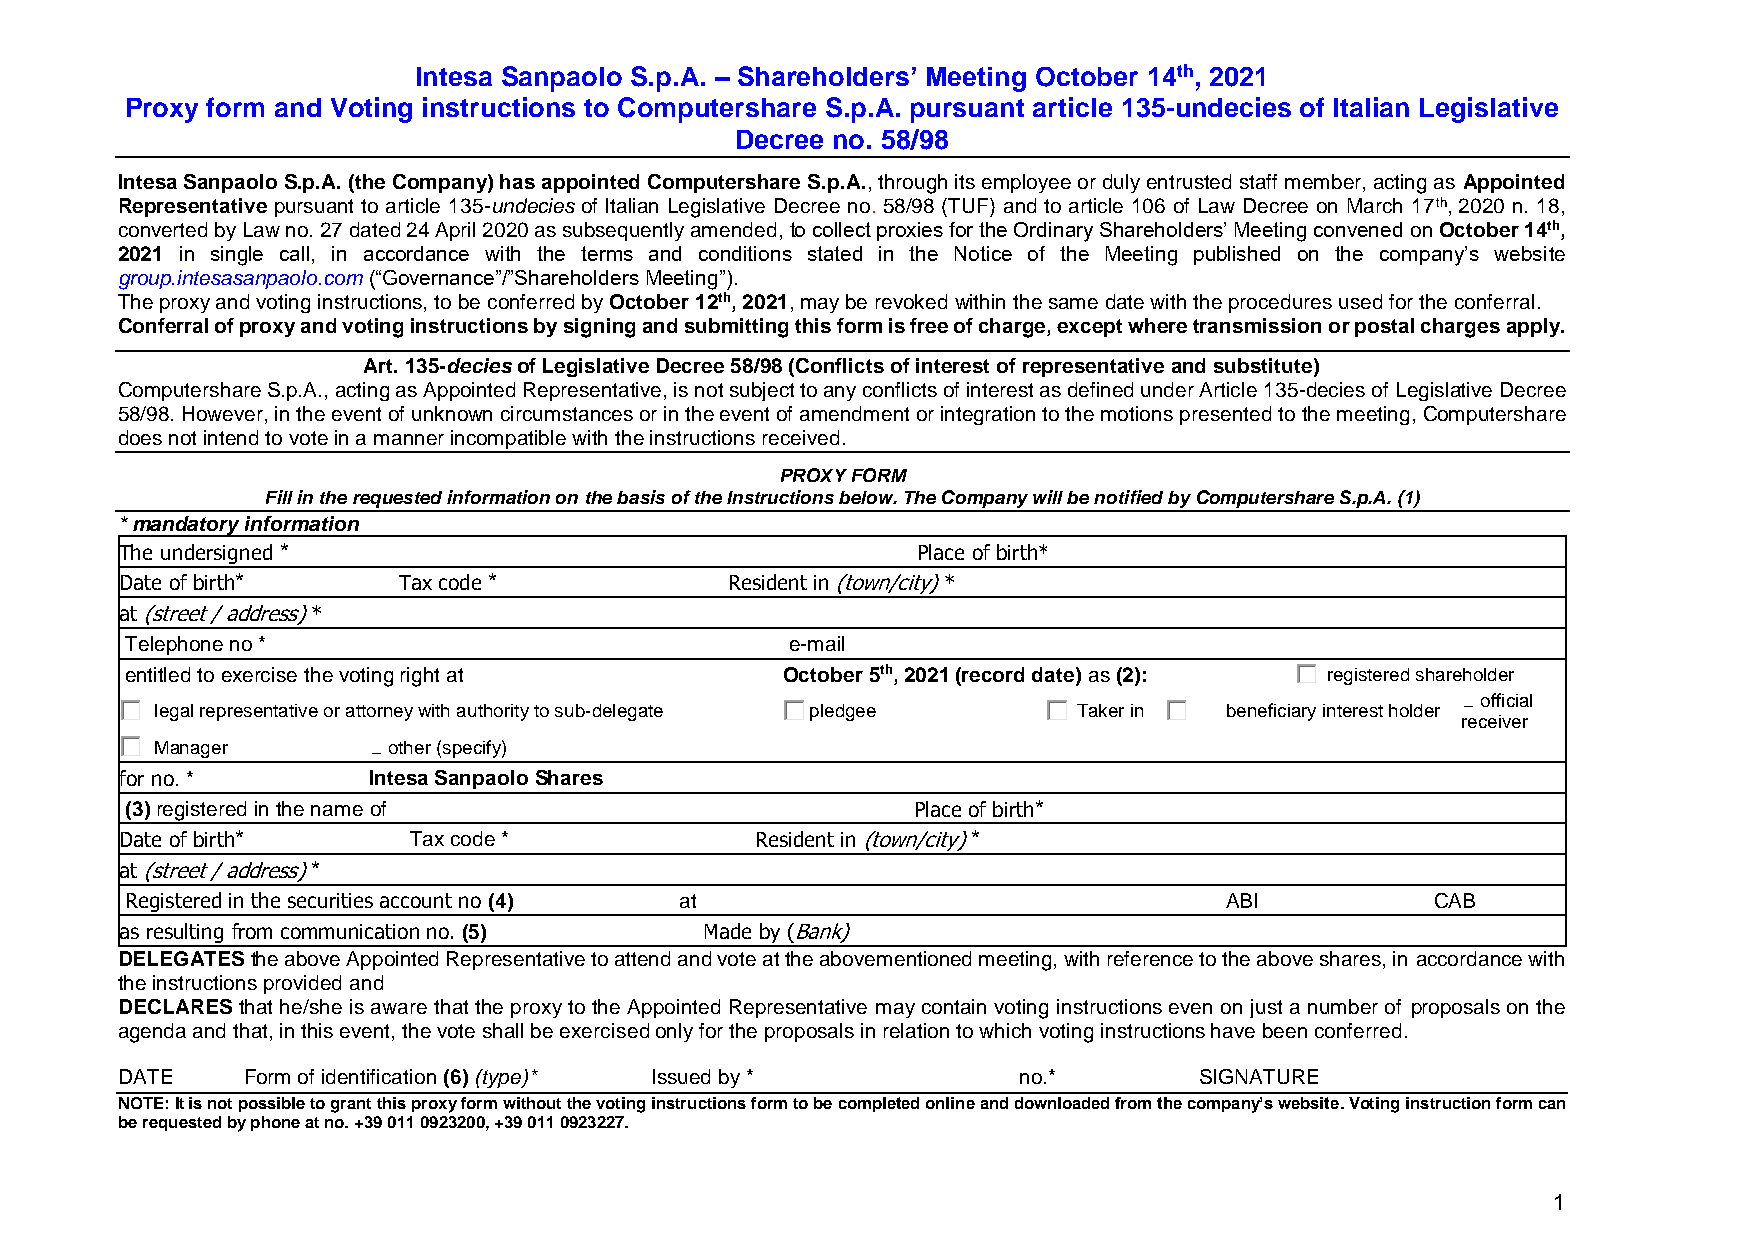
Intesa Sanpaolo S.p.A. – Shareholders’ Meeting October 14th, 2021
 Proxy form and Voting instructions to Computershare S.p.A. pursuant article 135-undecies of Italian Legislative
 Decree no. 58/98
 Intesa Sanpaolo S.p.A. (the Company) has appointed Computershare S.p.A., through its employee or duly entrusted staff member, acting as Appointed
 Representative pursuant to article 135-undecies of Italian Legislative Decree no. 58/98 (TUF) and to article 106 of Law Decree on March 17th, 2020 n. 18,
 converted by Law no. 27 dated 24 April 2020 as subsequently amended, to collect proxies for the Ordinary Shareholders’ Meeting convened on October 14th,
 2021 in single call, in accordance with the terms and conditions stated in the Notice of the Meeting published on the company’s website
 group.intesasanpaolo.com (“Governance”/”Shareholders Meeting”).
 The proxy and voting instructions, to be conferred by October 12th, 2021, may be revoked within the same date with the procedures used for the conferral.
 Conferral of proxy and voting instructions by signing and submitting this form is free of charge, except where transmission or postal charges apply.
 Art. 135-decies of Legislative Decree 58/98 (Conflicts of interest of representative and substitute)
 Computershare S.p.A., acting as Appointed Representative, is not subject to any conflicts of interest as defined under Article 135-decies of Legislative Decree
 58/98. However, in the event of unknown circumstances or in the event of amendment or integration to the motions presented to the meeting, Computershare
 does not intend to vote in a manner incompatible with the instructions received.
 PROXY FORM
 Fill in the requested information on the basis of the Instructions below. The Company will be notified by Computershare S.p.A. (1)
 * mandatory information
 The undersigned *                                    Place of birth*
 Date of birth*    Tax code *            Resident in (town/city) *
 at (street / address) *
 Telephone no *                              e-mail
 entitled to exercise the voting right at    October 5th, 2021 (record date) as (2): registered shareholder
 official
 legal representative or attorney with authority to sub-delegate pledgee Taker in beneficiary interest holder
 receiver
 Manager         other (specify)
 for no. *       Intesa Sanpaolo Shares
 (3) registered in the name of                       Place of birth*
 Date of birth*     Tax code *             Resident in (town/city) *
 at (street / address) *
 Registered in the securities account no (4) at                           ABI           CAB
 as resulting from communication no. (5) Made by (Bank)
 DELEGATES the above Appointed Representative to attend and vote at the abovementioned meeting, with reference to the above shares, in accordance with
 the instructions provided and
 DECLARES that he/she is aware that the proxy to the Appointed Representative may contain voting instructions even on just a number of proposals on the
 agenda and that, in this event, the vote shall be exercised only for the proposals in relation to which voting instructions have been conferred.
 DATE    Form of identification (6) (type)* Issued by *     no.*        SIGNATURE
 NOTE: It is not possible to grant this proxy form without the voting instructions form to be completed online and downloaded from the company’s website. Voting instruction form can
 be requested by phone at no. +39 011 0923200, +39 011 0923227.
 1